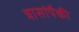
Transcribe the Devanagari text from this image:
त्रासांपैकी